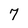
Character: 7